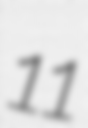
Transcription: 11